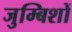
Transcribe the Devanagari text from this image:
जुम्बिशों